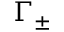
\Gamma _ { \pm }